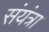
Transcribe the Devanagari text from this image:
संयंत्रा